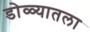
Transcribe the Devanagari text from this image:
डोळ्यातला